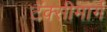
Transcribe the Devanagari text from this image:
टॅक्सीमार्ग